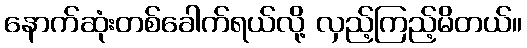
နောက်ဆုံးတစ်ခေါက်ရယ်လို့ လှည့်ကြည့်မိတယ်။